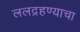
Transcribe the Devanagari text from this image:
ललद्रहण्याचा